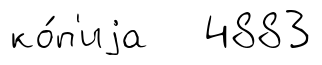
ко́п'иjа 4883